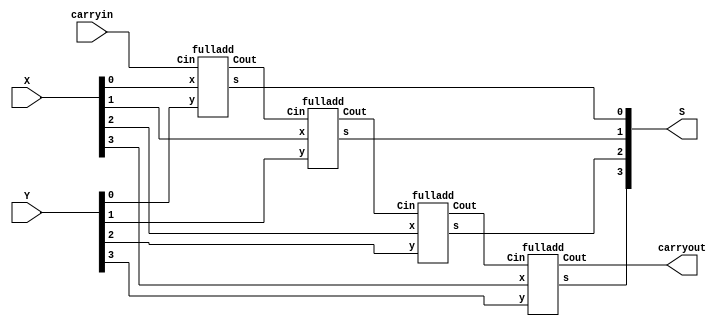
/* 4 bit adder with vector assignment so we can have width variables */

module bm_DL_four_bit_adder_continuous_assign_using_vectors (carryin, X, Y, S, carryout);
	input carryin;
	input [3:0] X, Y;
	output [3:0] S;
	output carryout;
	wire [3:1] C;
	
	fulladd stage0 (carryin, X[0], Y[0], S[0], C[1]);
	fulladd stage1 (C[1], X[1], Y[1], S[1], C[2]);
	fulladd stage2 (C[2], X[2], Y[2], S[2], C[3]);
	fulladd stage3 (C[3], X[3], Y[3], S[3], carryout);
		
endmodule

module fulladd (Cin, x, y, s, Cout);
	input Cin, x, y;
	output s, Cout;
	
	assign s = x ^ y ^ Cin;
	assign Cout = (x & y) | (x & Cin) | (y & Cin);
		    
endmodule